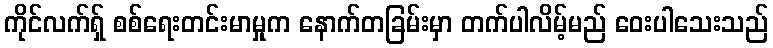
ကိုင်လက်ရှ် စစ်ရေးတင်းမာမှုက နောက်တခြမ်းမှာ တက်ပါလိမ့်မည် ဝေးပါသေးသည်